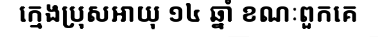
ក្មេងប្រុសអាយុ ១៤ ឆ្នាំ ខណៈពួកគេ